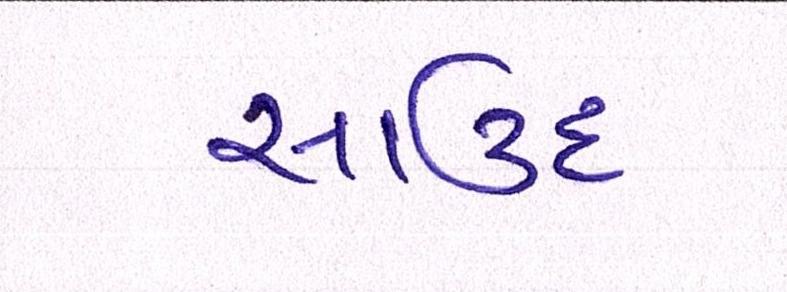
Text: સાઉદ